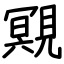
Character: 覭